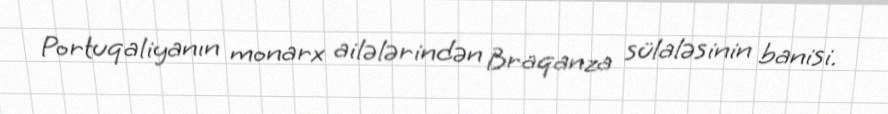
Portuqaliyanın monarx ailələrindən Braqanza sülaləsinin banisi.